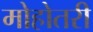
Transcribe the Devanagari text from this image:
मोहोतरी